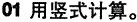
01 用竖式计算。